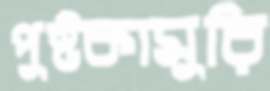
পুষ্টকামুরি